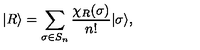
| R \rangle = \sum _ { \sigma \in S _ { n } } \frac { \chi _ { R } ( \sigma ) } { n ! } | \sigma \rangle ,